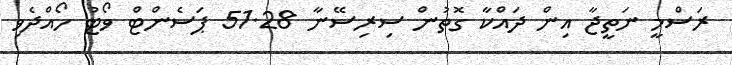
ރަސްމީ ނަތީޖާ އިން ދައްކާ ގޮތުން ސިރިސޭނާ 51.28 ޕަސެންޓް ވޯޓު ހޯއްދެވި